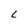
Character: L